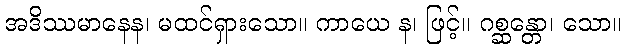
အဒိဿမာနေန၊ မထင်ရှားသော။ ကာယေ န၊ ဖြင့်။ ဂစ္ဆန္တော၊ သော။